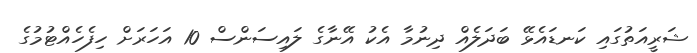
ޝަރީއަތުގައި ކަނޑައެޅޭ ބަދަލެއް ދިނުމާ އެކު އޭނާގެ ލައިސަންސް 10 އަހަރަށް ހިފެހެއްޓުމުގެ